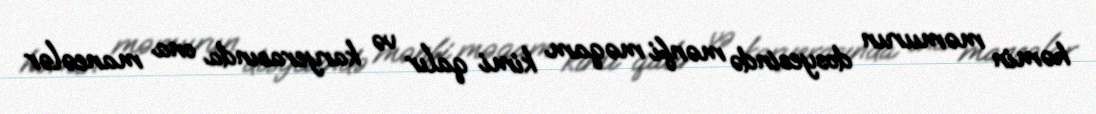
həmin məmurun dosyesində mənfi məqam kimi qalır və karyerasında ona maneələr